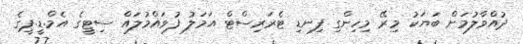
ދުއްވާލުމަށް ބަޔަކު މިރޭ މިހިންގި ފިނޑި ޓެރަރިސްޓް އަމަލު ފުވައްމުލައް ސިޓީގެ އެމް.ޑީ.ޕީގެ